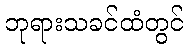
ဘုရားသခင်ထံတွင်